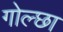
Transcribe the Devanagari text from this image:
गोल्छा